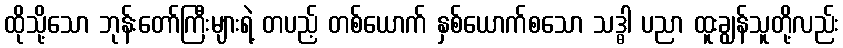
ထိုသို့သော ဘုန်းတော်ကြီးများရဲ့ တပည့် တစ်ယောက် နှစ်ယောက်စသော သဒ္ဓါ ပညာ ထူးချွန်သူတို့လည်း